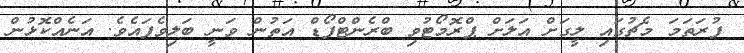
ފުރަތަމަ މެޗުގައި ލީގަށް އަލަށް ޕްރޮމޯޓުވި ބްރެންޓްފޯޑް އަތުން ވަނީ ބަލިވެފައެވެ. އަނެއްކޮޅުން